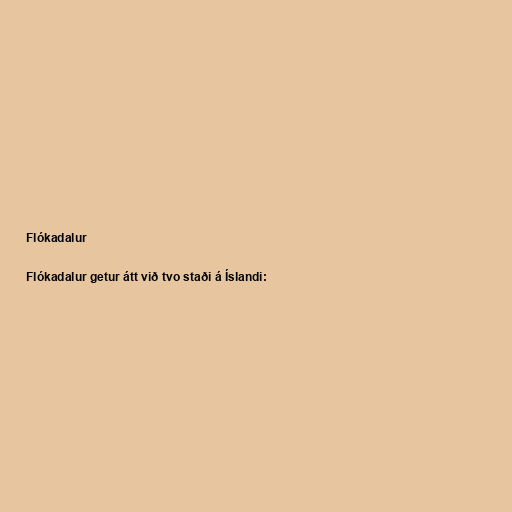
Flókadalur

Flókadalur getur átt við tvo staði á Íslandi: